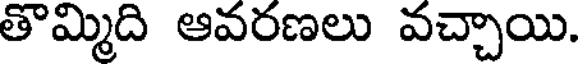
తొమ్మిది ఆవరణలు వచ్చాయి.